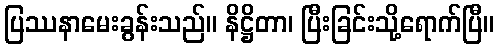
ပြဿနာမေးခွန်းသည်။ နိဋ္ဌိတာ၊ ပြီးခြင်းသို့ရောက်ပြီ။